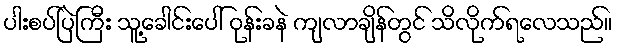
ပါးစပ်ပြဲကြီး သူ့ခေါင်းပေါ် ဝုန်းခနဲ ကျလာချိန်တွင် သိလိုက်ရလေသည်။